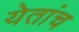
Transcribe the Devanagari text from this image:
येतांच